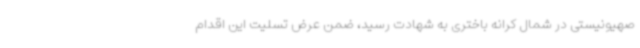
صهیونیستی در شمال کرانه باختری به شهادت رسید، ضمن عرض تسلیت این اقدام